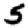
Digit: 5